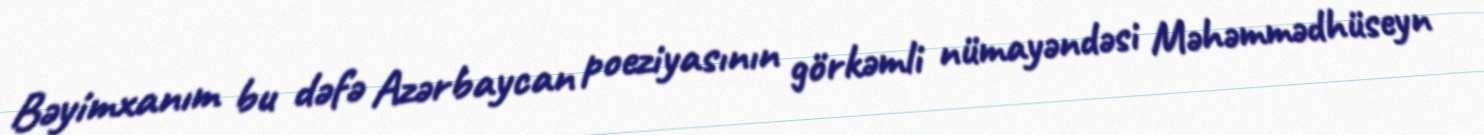
Bəyimxanım bu dəfə Azərbaycan poeziyasının görkəmli nümayəndəsi Məhəmmədhüseyn